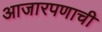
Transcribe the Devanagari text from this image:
आजारपणाची